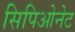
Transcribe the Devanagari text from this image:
सिपिओनेट